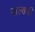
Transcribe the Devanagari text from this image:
खल्खली